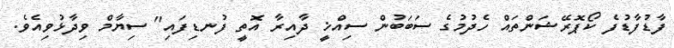
ފާޑުފާޑުފެ ކޯޕޮރޭޝަންތައް ހެދުމުގެ ސަބަބުން ސިއްޚީ ދާއިރާ އޮތީ ފުނޑިފައި" ސިޔާމް ވިދާޅުވިއެވެ.